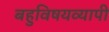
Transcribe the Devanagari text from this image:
बहुविषयव्यापी